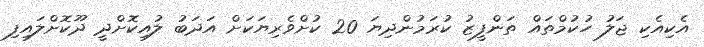
އެކިއެކި ޖަލު ހުކުމްތައް ތަންފީޒު ކުރަމުންދިޔަ 20 ކުށްވެރިޔަކަށް އަދަބު ލުއިކޮށްދީ ދޫކޮށްލައިފި